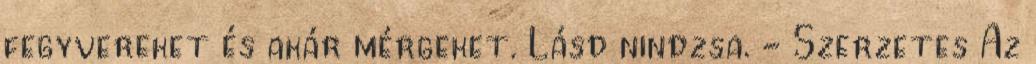
fegyvereket és akár mérgeket. Lásd nindzsa. - Szerzetes Az